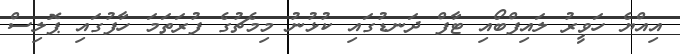
އިއްޔެ ހަވީރު ލައިފްބޯއި ޓާފް ދަނޑުގައި ކުޅުނު މިމެޗުގެ ފުރަތަމަ ހާފުގައި ޕޮލިސް